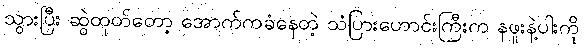
သွားပြီး ဆွဲထုတ်တော့ အောက်ကခံနေတဲ့ သံပြားဟောင်းကြီးက နဖူးနဲ့ပါးကို